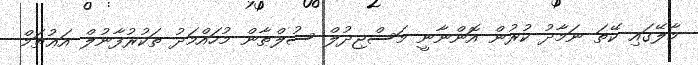
މާލޭގައި ކޭތަ ނަމާދު ކުރުން އޮންނާނީ މަސްޖިދުލް ސުލްޠާން މުހައްމަދު ތަކުރުފާނުލް އަޢުޡަމް